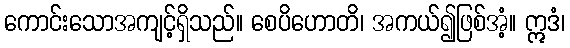
ကောင်းသောအကျင့်ရှိသည်။ စေပိဟောတိ၊ အကယ်၍ဖြစ်အံ့။ ဣဒံ၊